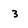
Character: 3